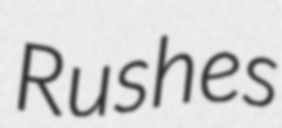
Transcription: Rushes